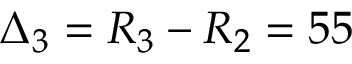
\Delta _ { 3 } = R _ { 3 } - R _ { 2 } = 5 5